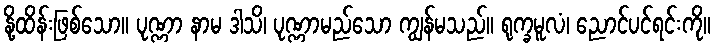
နို့ထိန်းဖြစ်သော။ ပုဏ္ဏာ နာမ ဒါသိ၊ ပုဏ္ဏာမည်သော ကျွန်မသည်။ ရုက္ခမူလံ၊ ညောင်ပင်ရင်းကို။